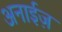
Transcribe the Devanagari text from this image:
अनाईज़